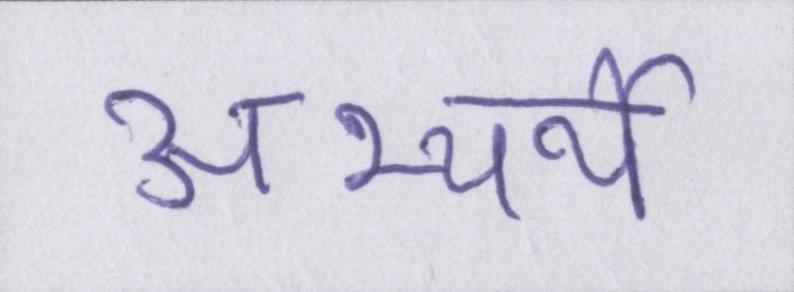
अभ्यर्थी